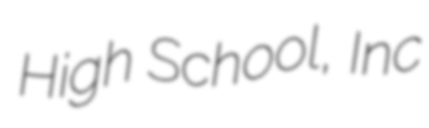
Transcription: High School, Inc